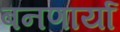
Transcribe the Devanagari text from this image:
बनणार्या